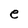
Character: e